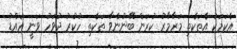
އެކަމަކު އެތަކެތި މަރާމާރު ކުރަން ބޭނުންވާ ތަކެތި ހުކުރު ދުވަހު ވަނީ އައްޑު